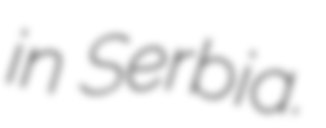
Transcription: in Serbia.